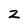
Character: Z